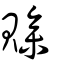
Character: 贂